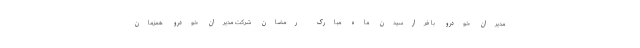
مدیران خودرو با فرارسیدن ماه مبارک رمضان شرکت مدیران خودرو همزمان